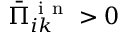
\bar { \Pi } _ { i k } ^ { \mathrm { ~ i ~ n ~ } } > 0